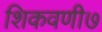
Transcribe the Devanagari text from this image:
शिकवणी७